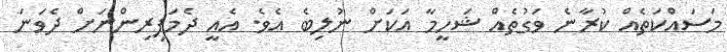
މަސައްކަތެއް ކުރާނެ ވަގުތެއް ޝަހީމާ އަކަށް ނުލިބެ އެވެ. އެއީ ދެމަފިރިންނަށް ދެވަނަ